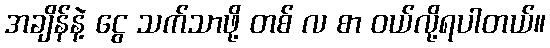
အချိန်နဲ့ ငွေ သက်သာဖို့ တစ် လ စာ ဝယ်လို့ရပါတယ်။